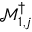
\mathcal { M } _ { 1 , j } ^ { \dag }